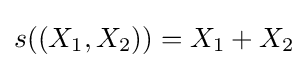
s((X_{1},X_{2}))=X_{1}+X_{2}